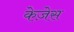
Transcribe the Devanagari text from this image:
केज़ेस